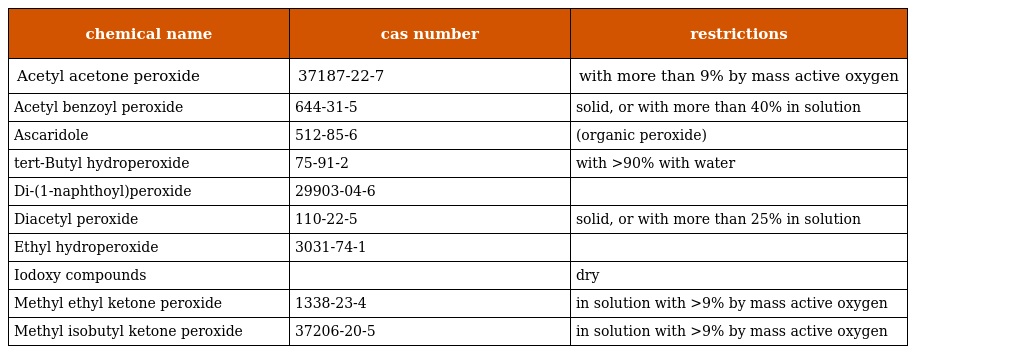
| chemical name | cas number | restrictions |
 | --- | --- | --- |
 | Acetyl acetone peroxide | 37187-22-7 | with more than 9% by mass active oxygen |
 | Acetyl benzoyl peroxide | 644-31-5 | solid, or with more than 40% in solution |
 | Ascaridole | 512-85-6 | (organic peroxide) |
 | tert-Butyl hydroperoxide | 75-91-2 | with >90% with water |
 | Di-(1-naphthoyl)peroxide | 29903-04-6 |  |
 | Diacetyl peroxide | 110-22-5 | solid, or with more than 25% in solution |
 | Ethyl hydroperoxide | 3031-74-1 |  |
 | Iodoxy compounds |  | dry |
 | Methyl ethyl ketone peroxide | 1338-23-4 | in solution with >9% by mass active oxygen |
 | Methyl isobutyl ketone peroxide | 37206-20-5 | in solution with >9% by mass active oxygen |